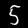
Digit: 5